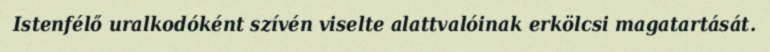
Istenfélő uralkodóként szívén viselte alattvalóinak erkölcsi magatartását.